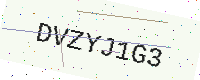
Text: DVZYJ1G3